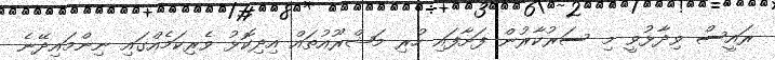
ރައީސް ވިދާޅުވީ މި ސަރުކާރުން ފަށާފައި ހުރި މަޝްރޫއުތައް އިދިކޮޅު ވެރިކަމެއްގައި ނިންމައިދޭނެ